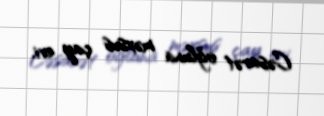
Cəsarət oğluna məxsus çay evi.